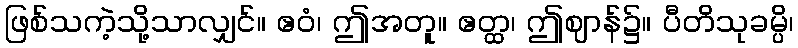
ဖြစ်သကဲ့သို့သာလျှင်။ ဧဝံ၊ ဤအတူ။ ဧတ္ထ၊ ဤဈာန်၌။ ပီတိသုခမ္ပိ၊